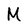
Character: M